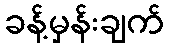
ခန့်မှန်းချက်